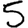
Digit: 5